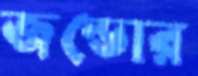
জন্ডোর